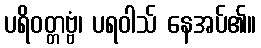
ပရိဝတ္တဗ္ဗံ၊ ပရဝါသ် နေအပ်၏။